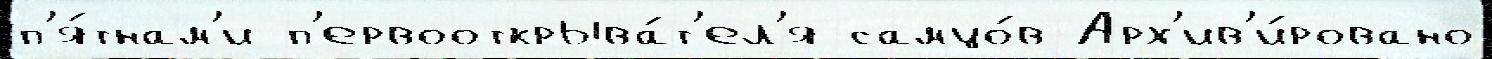
п'я́тнам'и п'ервооткрыва́т'ел'я самцо́в Арх'ив'и́ровано